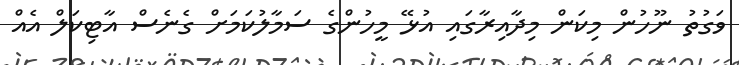
ވަގުތު ނޫހުން މިކަން މިދާއިރާގަައި އުޅޭ މީހުންގެ ސަމާލުކަމަށް ގެނެސް އާޓިކަލް އެއް